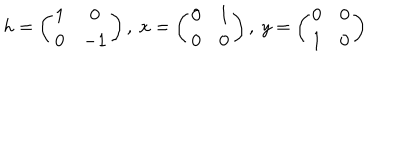
LaTeX: h = \left( \begin{array} { c c } { { 1 } } & { { 0 } } \\ { { 0 } } & { { - 1 } } \\ \end{array} \right) , \ x = \left( \begin{array} { c c } { { 0 } } & { { 1 } } \\ { { 0 } } & { { 0 } } \\ \end{array} \right) , \ y = \left( \begin{array} { c c } { { 0 } } & { { 0 } } \\ { { 1 } } & { { 0 } } \\ \end{array} \right)